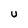
Character: U